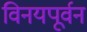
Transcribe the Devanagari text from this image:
विनयपूर्वन